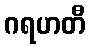
ဂရဟတီ